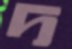
দ